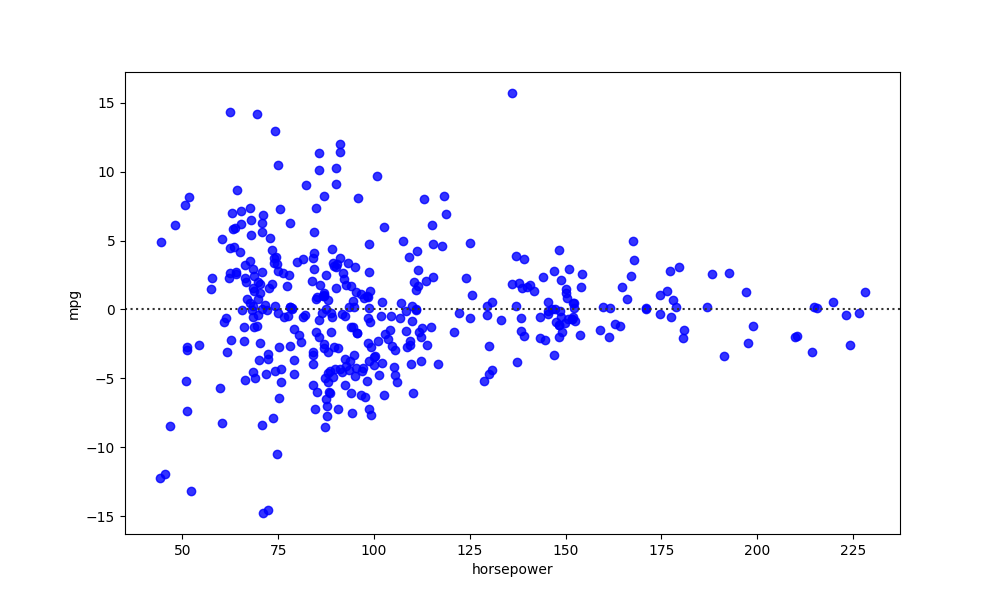
python, seaborn, residplot, lowess=False, scatter_color=blue